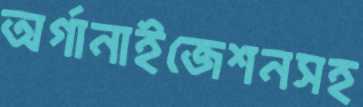
অর্গানাইজেশনসহ